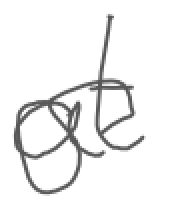
Text: at
Cross-out: wave
Writing tool: digital_gray